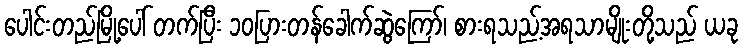
ပေါင်းတည်မြို့ပေါ် တက်ပြီး ၁၀ပြားတန်ခေါက်ဆွဲကြော်၊ စားရသည့်အရသာမျိုးတို့သည် ယခု